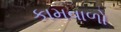
કામવાળો